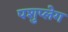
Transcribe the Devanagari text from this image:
पशुप्लेग